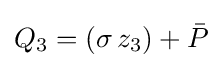
Q_{3}=(\sigma \,z_{3})+{\bar {P}}